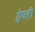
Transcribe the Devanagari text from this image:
द्वेषही